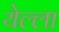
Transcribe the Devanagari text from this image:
येल्ला